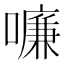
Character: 𠿳